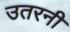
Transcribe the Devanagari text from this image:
उतरनी